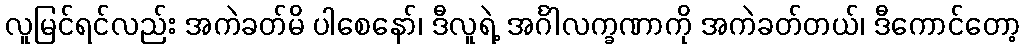
လူမြင်ရင်လည်း အကဲခတ်မိ ပါစေနော်၊ ဒီလူရဲ့ အင်္ဂါလက္ခဏာကို အကဲခတ်တယ်၊ ဒီကောင်တော့